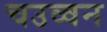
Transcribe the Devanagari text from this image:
चउव्वन